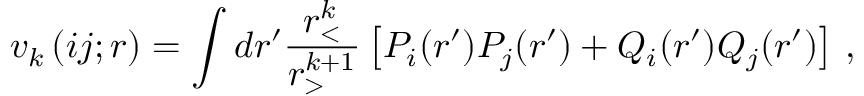
v _ { k } \left( i j ; r \right) = \int d r ^ { \prime } \frac { r _ { < } ^ { k } } { r _ { > } ^ { k + 1 } } \left[ P _ { i } ( r ^ { \prime } ) P _ { j } ( r ^ { \prime } ) + Q _ { i } ( r ^ { \prime } ) Q _ { j } ( r ^ { \prime } ) \right] \, ,